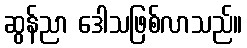
ဆွန်ညာ ဒေါသဖြစ်လာသည်။